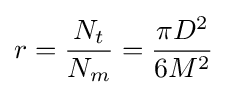
r={\frac {N_{t}}{N_{m}}}={\frac {\pi D^{2}}{6M^{2}}}